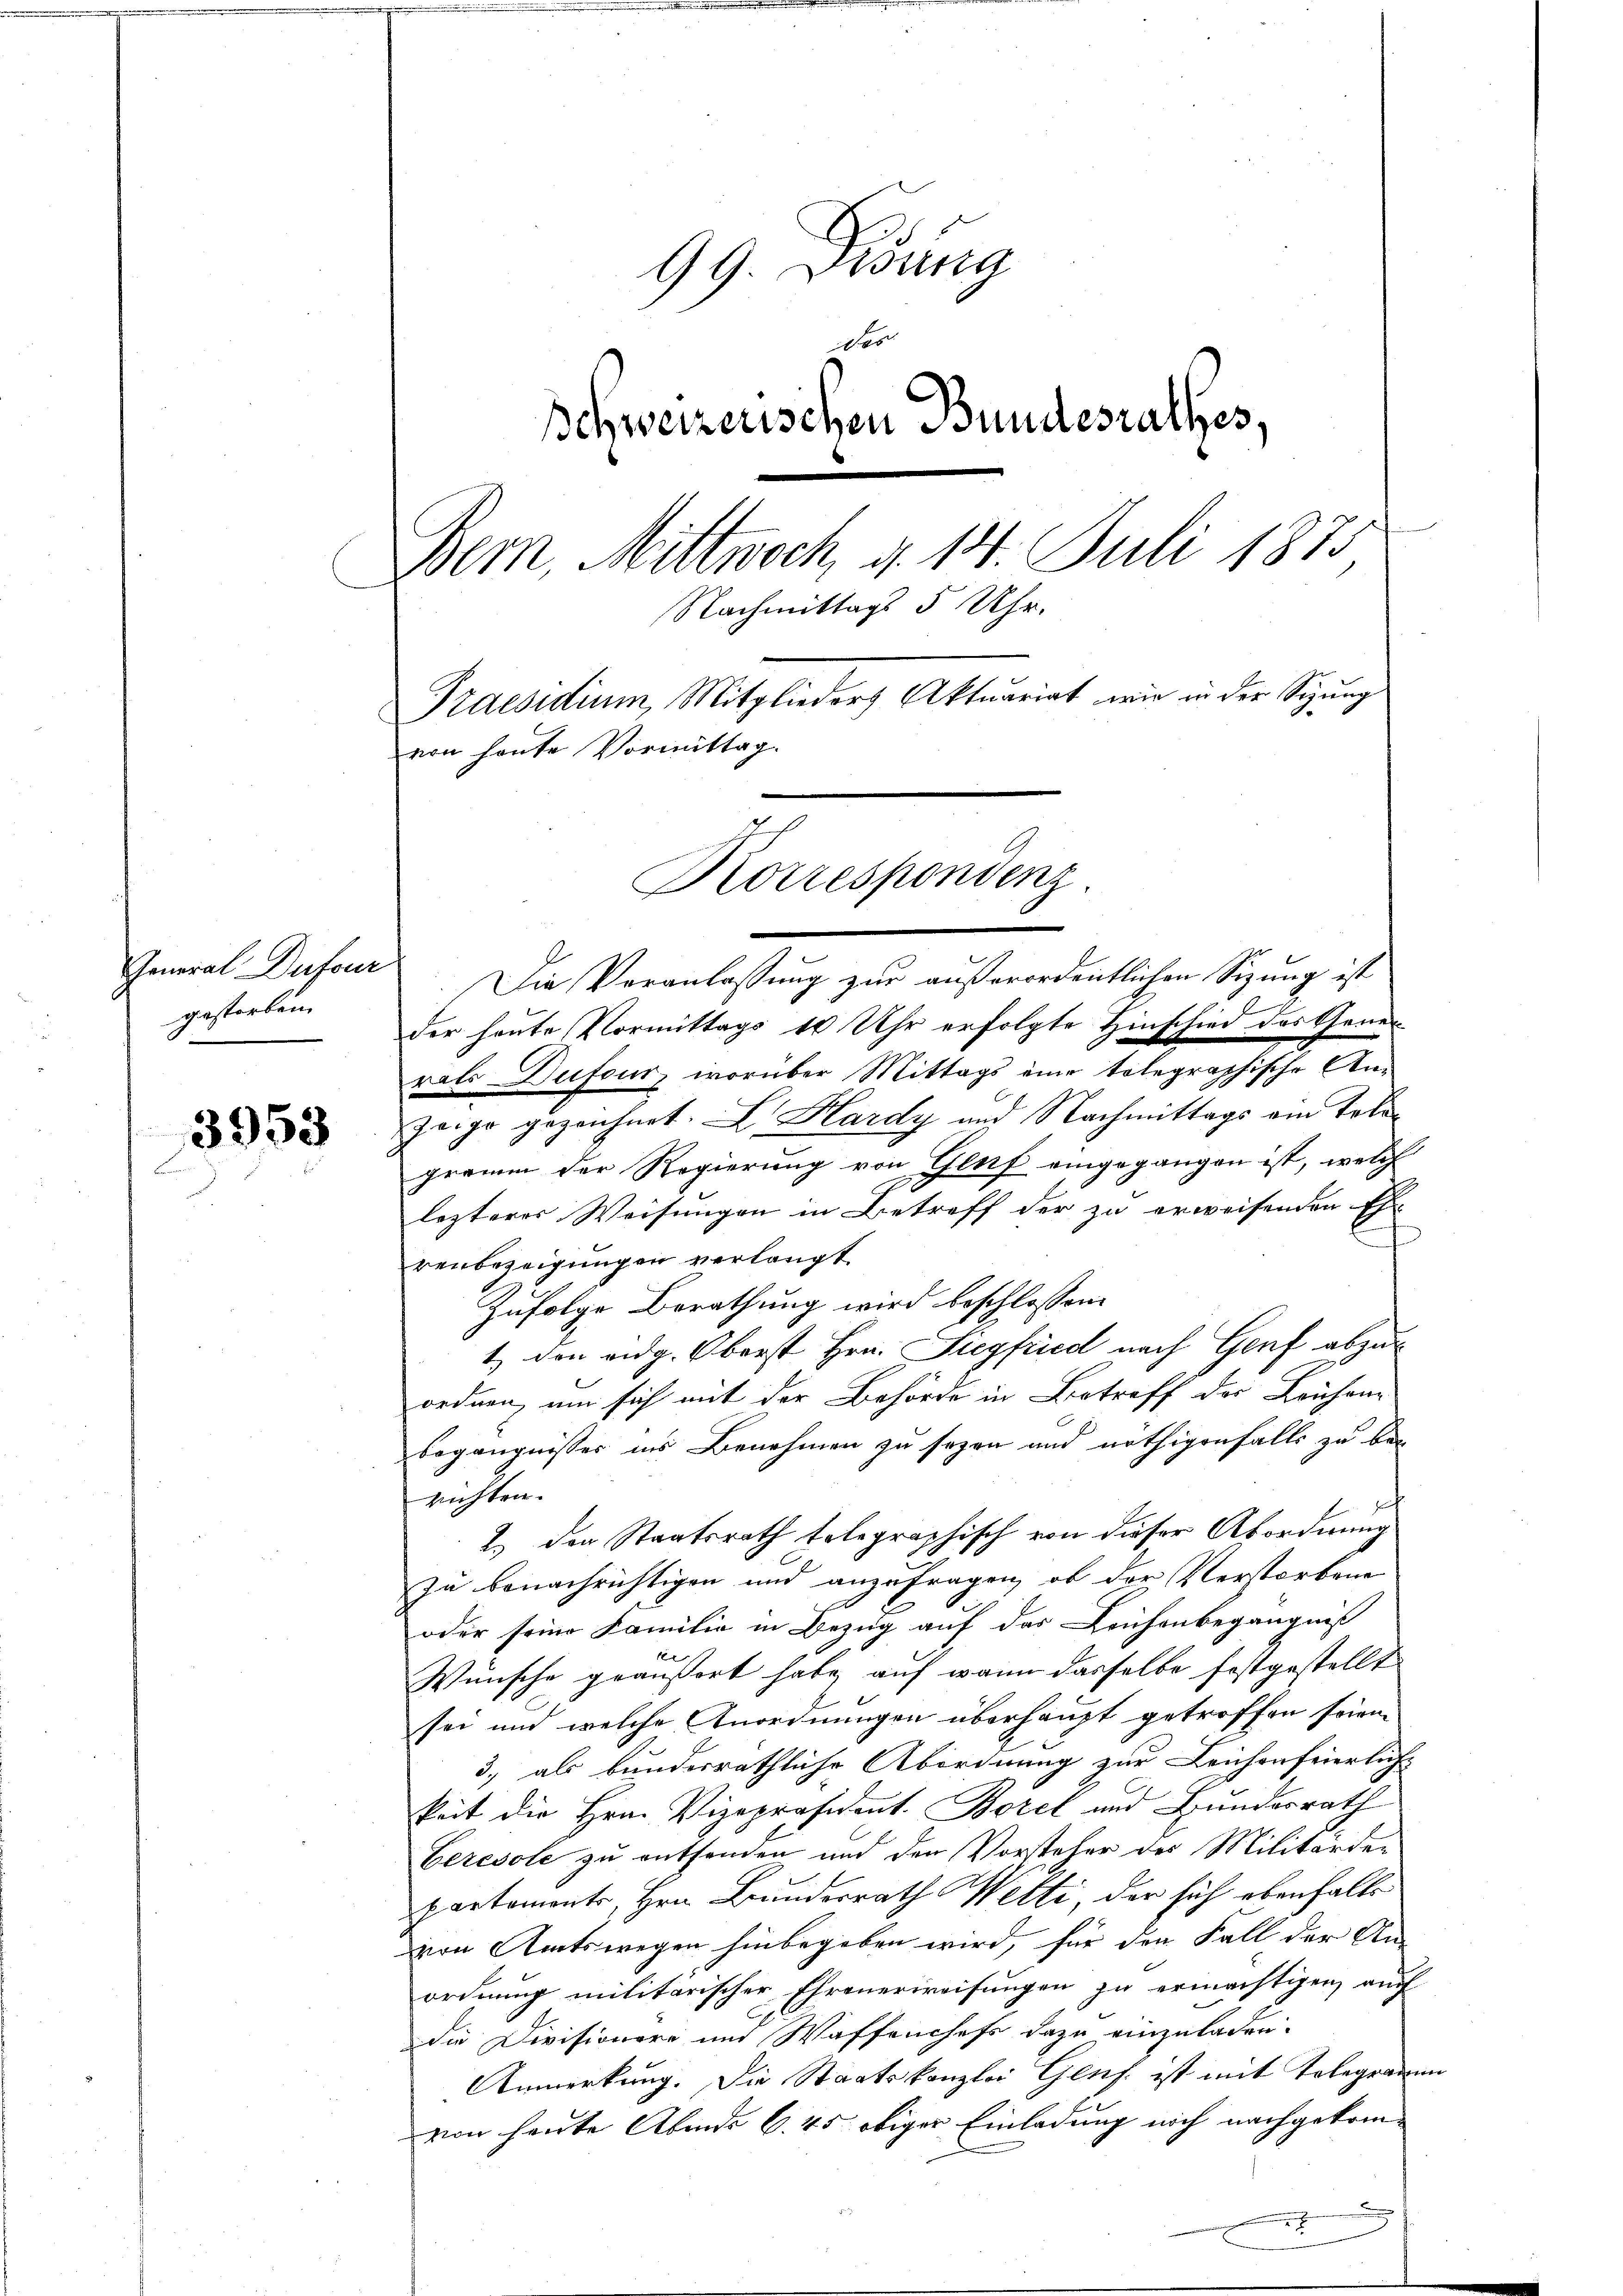
3953

General Dufour
gestorben.

99. Didung
des
Ichweizerischen Bundesrathes,
Bern, Mittwoch, d. 14. Juli 1873
Nachmittags 5 Uhr.
Praesidium, Mitglieders Aktuariat wir in der Sitzung
von heute Vormittag.

Korrespondenz

Die Veranlassung zur außerordentlichen Sitzung ist
der heute Vormittags 10 Uhr erfolgte Hinschied des Generrats Dufour, worüber Mittags eine tolegraphische An¬
Zeige gezeichnet. I. Hardy und Nachmittags am Totegramm der Regierung von Gluf eingegangen ist, welch
lezteres Weisungen in Betreff der zu erweisenden Ehe-
renbezeigungen verlangt
Zufolge Berathung wird beschlossen
1.) Den eidg. Oberst Hrn. Siegfried nach Genf abzu-
ordnen, um sich mit der Behörde in Betreff der Leichene
begängnisses ins Benehmen zu sezen und nöthigenfalls zu berichten.
Feich
2.) den Staatsrath telegraphisch von dieser Abordnung
zu benachrichtigen und anzufragen, ob der Verstorbene
oder seine Familie in Bezug auf das Leichenbegängniß
Wünsche geäußert habe, auf wenn dasselbe festgestellt
sei und welche Anordnungen überhaupt getroffen seien.
3., als bundesräthliche Abordnung zur Leichenfeierlich-
keit die Hrn. Vizepräsident. Borel und Bundesrath
Ceresole zu entfanden und den Vorsteher des Militärder
partements, Hrn. Bundesrath Welti, der sich ebenfalls
von Amtswegen hinbegeben wird, für den Fall der An-
ordnung militärischer Ehrenerweisungen zu ermächtigen, auf
die Divisionare und Waffenchefs dazu einzuladen.
Anmerkung. Die Staatskanzlei Genf ist mit Tolegramm
von heute Abends 6. 45 obiger Einladung noch nachgekom-
J
7